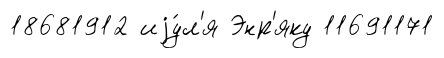
18681912 иjу́л'я Энр'яку 11691171